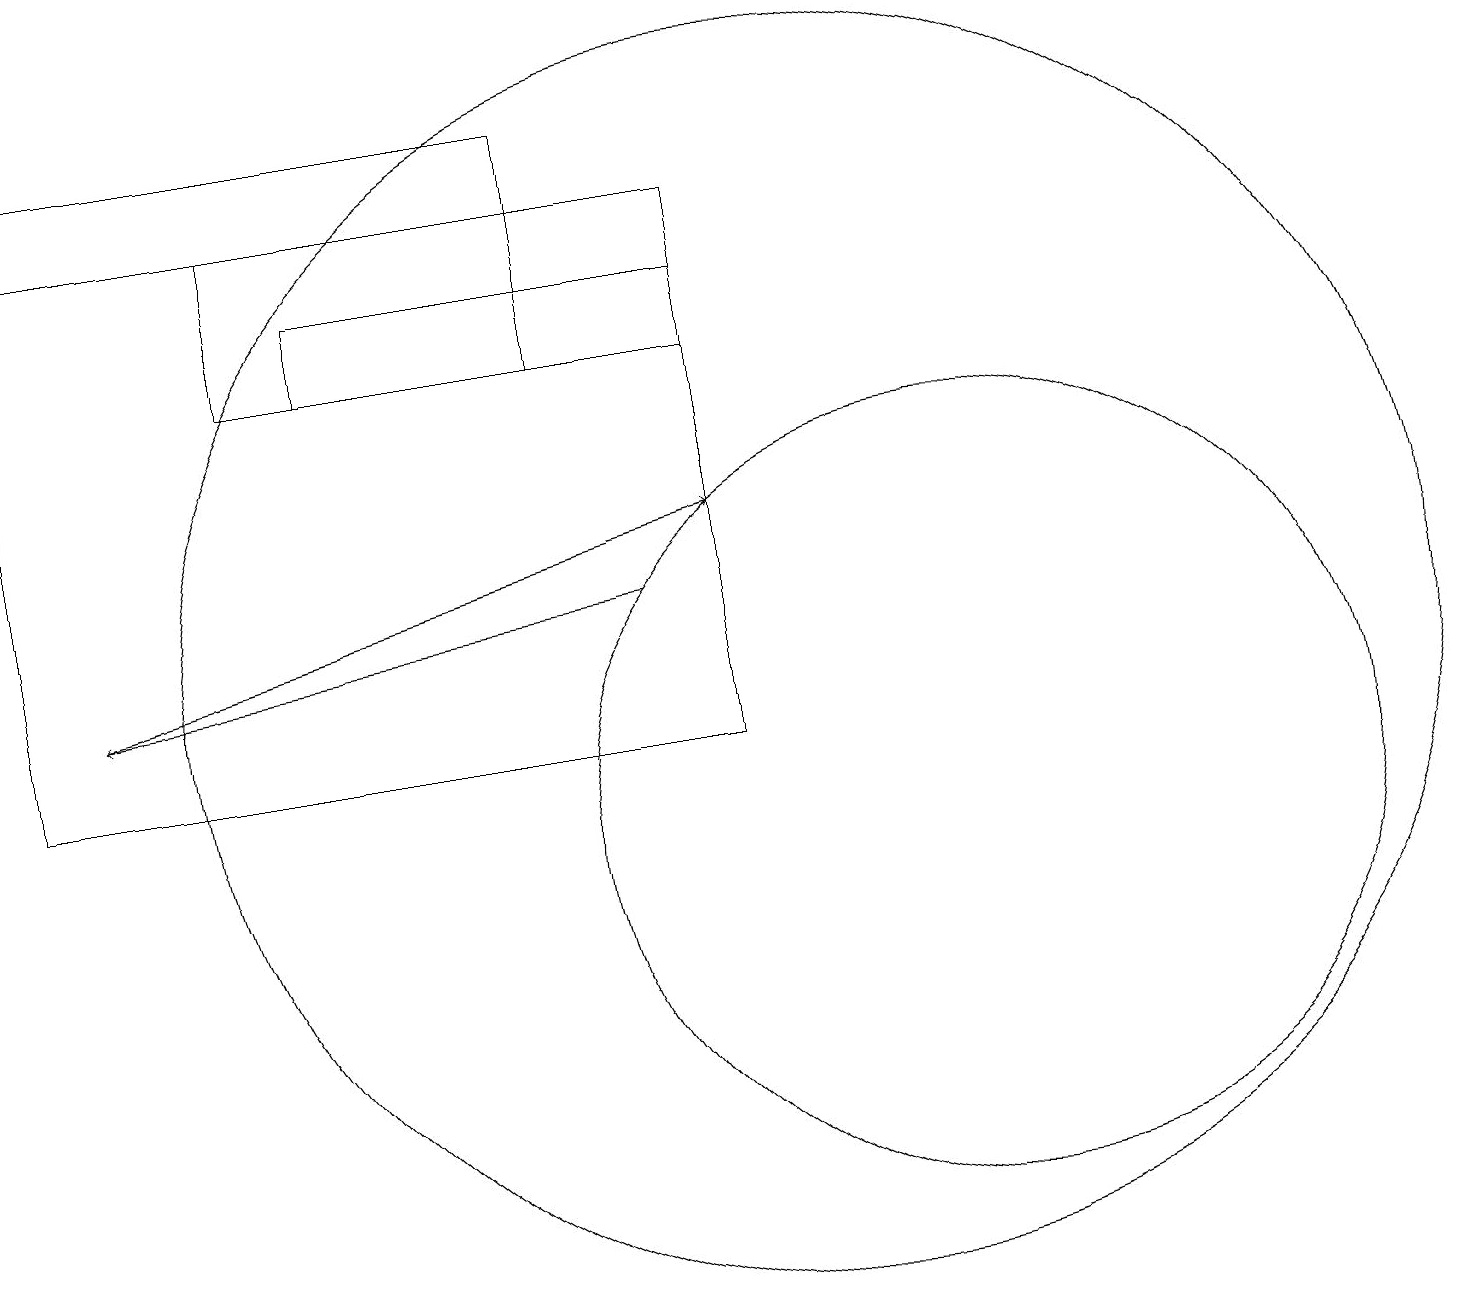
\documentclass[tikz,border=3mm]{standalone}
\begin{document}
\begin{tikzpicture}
\draw (0,19) rectangle (7,18);
\draw (9,16) rectangle (4,17);
\draw[->] (1,12) -- (9,14);
\draw[->] (8,13) -- (1,12);
\draw (10,12) circle (8);
\draw (12,10) circle (5);
\draw (9,11) rectangle (0,18);
\draw (7,18) rectangle (3,16);
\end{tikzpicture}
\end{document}